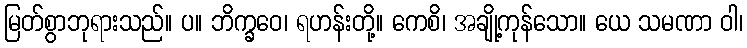
မြတ်စွာဘုရားသည်။ ပ။ ဘိက္ခဝေ၊ ရဟန်းတို့။ ကေစိ၊ အချို့ကုန်သော။ ယေ သမဏာ ဝါ၊